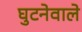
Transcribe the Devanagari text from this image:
घुटनेवाले